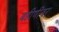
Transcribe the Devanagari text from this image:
बहीणींवर